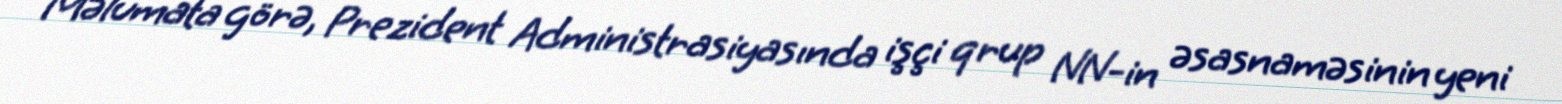
Məlumata görə, Prezident Administrasiyasında işçi qrup NN-in əsasnaməsinin yeni